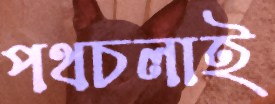
পথচলাই